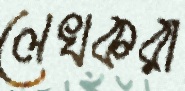
লেখকরা